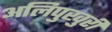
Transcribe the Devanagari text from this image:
अलिपुखुरी